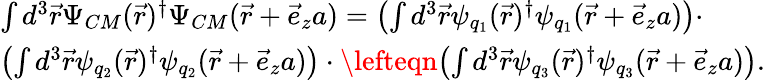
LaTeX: \begin{array}{l}{{\int d^{3}\vec{r}\Psi_{CM}(\vec{r})^{\dagger}\Psi_{CM}(\vec{r}+\vec{e}_{z}a)=\left(\int d^{3}\vec{r}\psi_{q_{1}}(\vec{r})^{\dagger}\psi_{q_{1}}(\vec{r}+\vec{e}_{z}a)\right)\cdot}}\\ {{\left(\int d^{3}\vec{r}\psi_{q_{2}}(\vec{r})^{\dagger}\psi_{q_{2}}(\vec{r}+\vec{e}_{z}a)\right)\cdot\lefteqn{\textstyle\left(\int d^{3}\vec{r}\psi_{q_{3}}(\vec{r})^{\dagger}\psi_{q_{3}}(\vec{r}+\vec{e}_{z}a)\right).}}}\end{array}